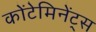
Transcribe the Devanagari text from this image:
कोंटेमिनेंट्स